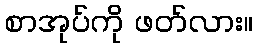
စာအုပ်ကို ဖတ်လား။